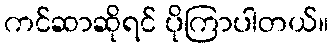
ကင်ဆာဆိုရင် ပိုကြာပါတယ်။